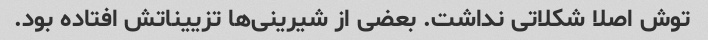
توش اصلا شکلاتی نداشت. بعضی از شیرینی‌ها تزییناتش افتاده بود.